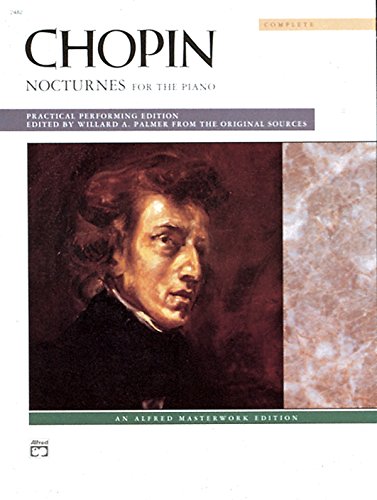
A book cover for Nocturnes (Complete) (Alfred Masterwork Editions); Frederic Chopin; Humor & Entertainment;